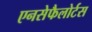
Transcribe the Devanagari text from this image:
एनसेफैलोर्टस